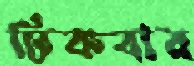
ঢিকবার